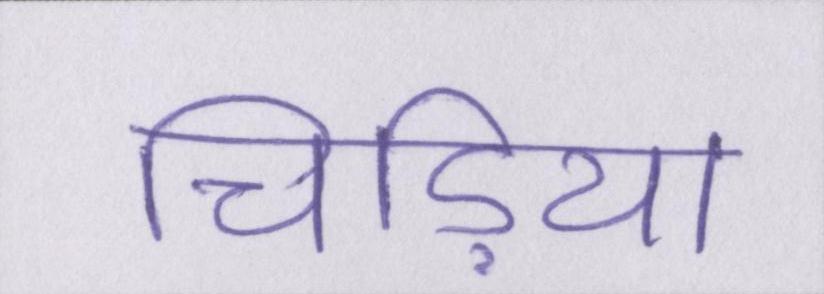
चिड़िया